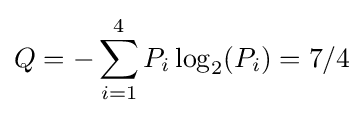
Q=-\sum _{i=1}^{4}P_{i}\log _{2}(P_{i})=7/4